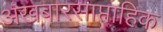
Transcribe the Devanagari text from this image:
अखबारसाप्ताहिक